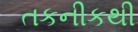
તકનીકથી